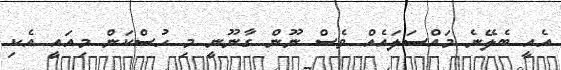
އެއީ ބެލޭނެ މައްސަލައެއް ވެސް ނޫން ގާނޫނީ މި ހުސްކަން މިއައީ އެކި